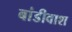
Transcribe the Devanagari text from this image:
बांडीवाश